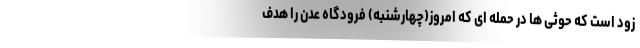
زود است که حوثی ها در حمله ای که امروز(چهارشنبه) فرودگاه عدن را هدف